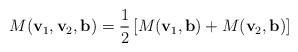
LaTeX: \begin{align*}M(\mathbf{v}_{1},\mathbf{v}_{2},\mathbf{b})=\frac{1}{2}\left[ M(\mathbf{v}_{1},\mathbf{b})+M(\mathbf{v}_{2},\mathbf{b})\right]\end{align*}